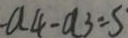
- a _ { 4 } - a _ { 3 } = 5